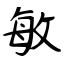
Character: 敏